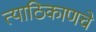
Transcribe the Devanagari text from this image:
त्याठिकाणचे